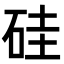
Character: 硅